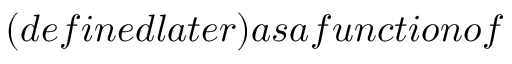
( d e f i n e d l a t e r ) a s a f u n c t i o n o f